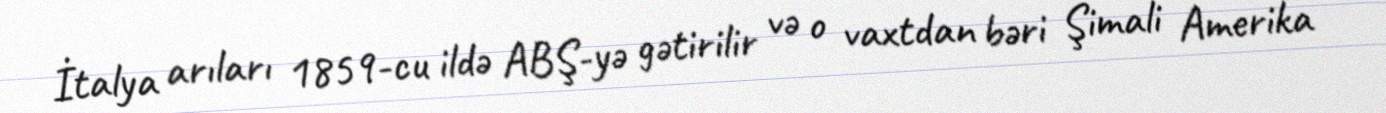
İtalya arıları 1859-cu ildə ABŞ-yə gətirilir və o vaxtdan bəri Şimali Amerika